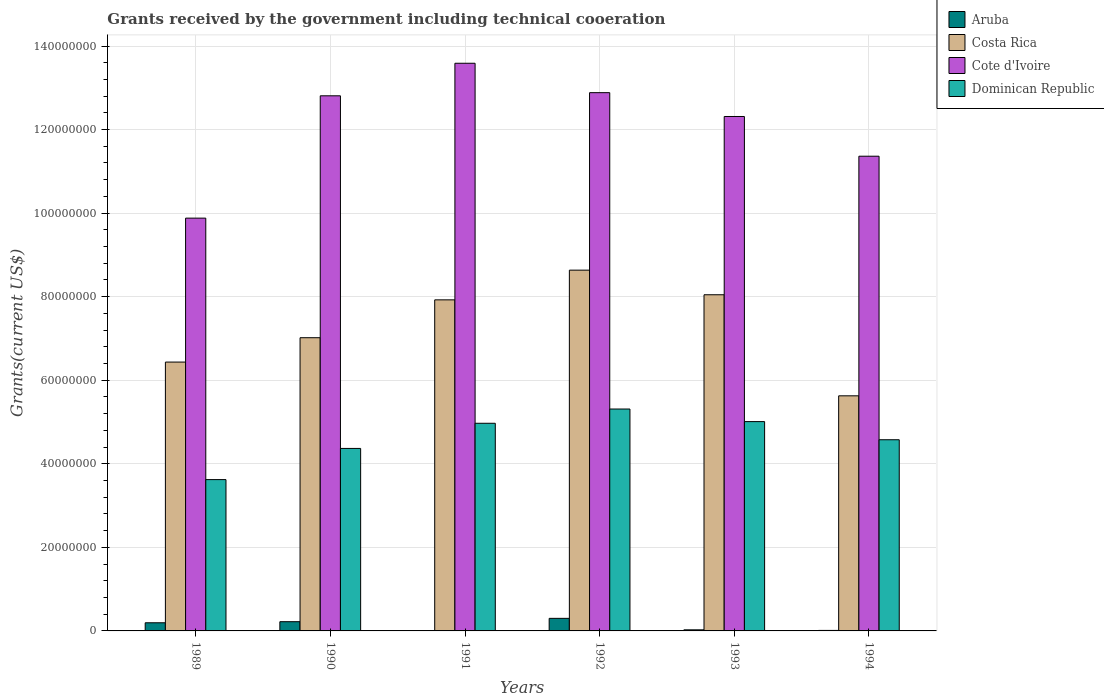
| Years | Aruba | Costa Rica | Cote d'Ivoire | Dominican Republic |
 | --- | --- | --- | --- | --- |
 | 1989 | 1.95e+06 | 6.44e+07 | 9.88e+07 | 3.62e+07 |
 | 1990 | 2.21e+06 | 7.02e+07 | 1.28e+08 | 4.37e+07 |
 | 1991 | 1e+04 | 7.92e+07 | 1.36e+08 | 4.97e+07 |
 | 1992 | 3.01e+06 | 8.64e+07 | 1.29e+08 | 5.31e+07 |
 | 1993 | 2.6e+05 | 8.05e+07 | 1.23e+08 | 5.01e+07 |
 | 1994 | 1.2e+05 | 5.63e+07 | 1.14e+08 | 4.58e+07 |